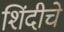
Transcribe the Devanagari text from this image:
शिंदीचे